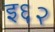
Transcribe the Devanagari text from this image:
इ६२